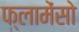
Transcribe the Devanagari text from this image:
फ्लामेंसो